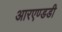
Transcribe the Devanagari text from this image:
आरएण्डडी